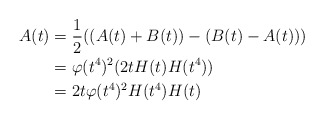
\begin{align*} A(t) &= \frac{1}{2}((A(t)+B(t))-(B(t)-A(t)))\\ &= \varphi(t^4)^2(2tH(t)H(t^4))\\ &= 2t\varphi(t^4)^2H(t^4)H(t)\end{align*}